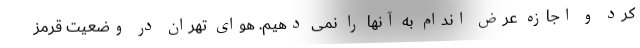
کرد و اجازه عرض اندام به آنها را نمی دهیم. هوای تهران در وضعیت قرمز